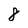
Character: 8